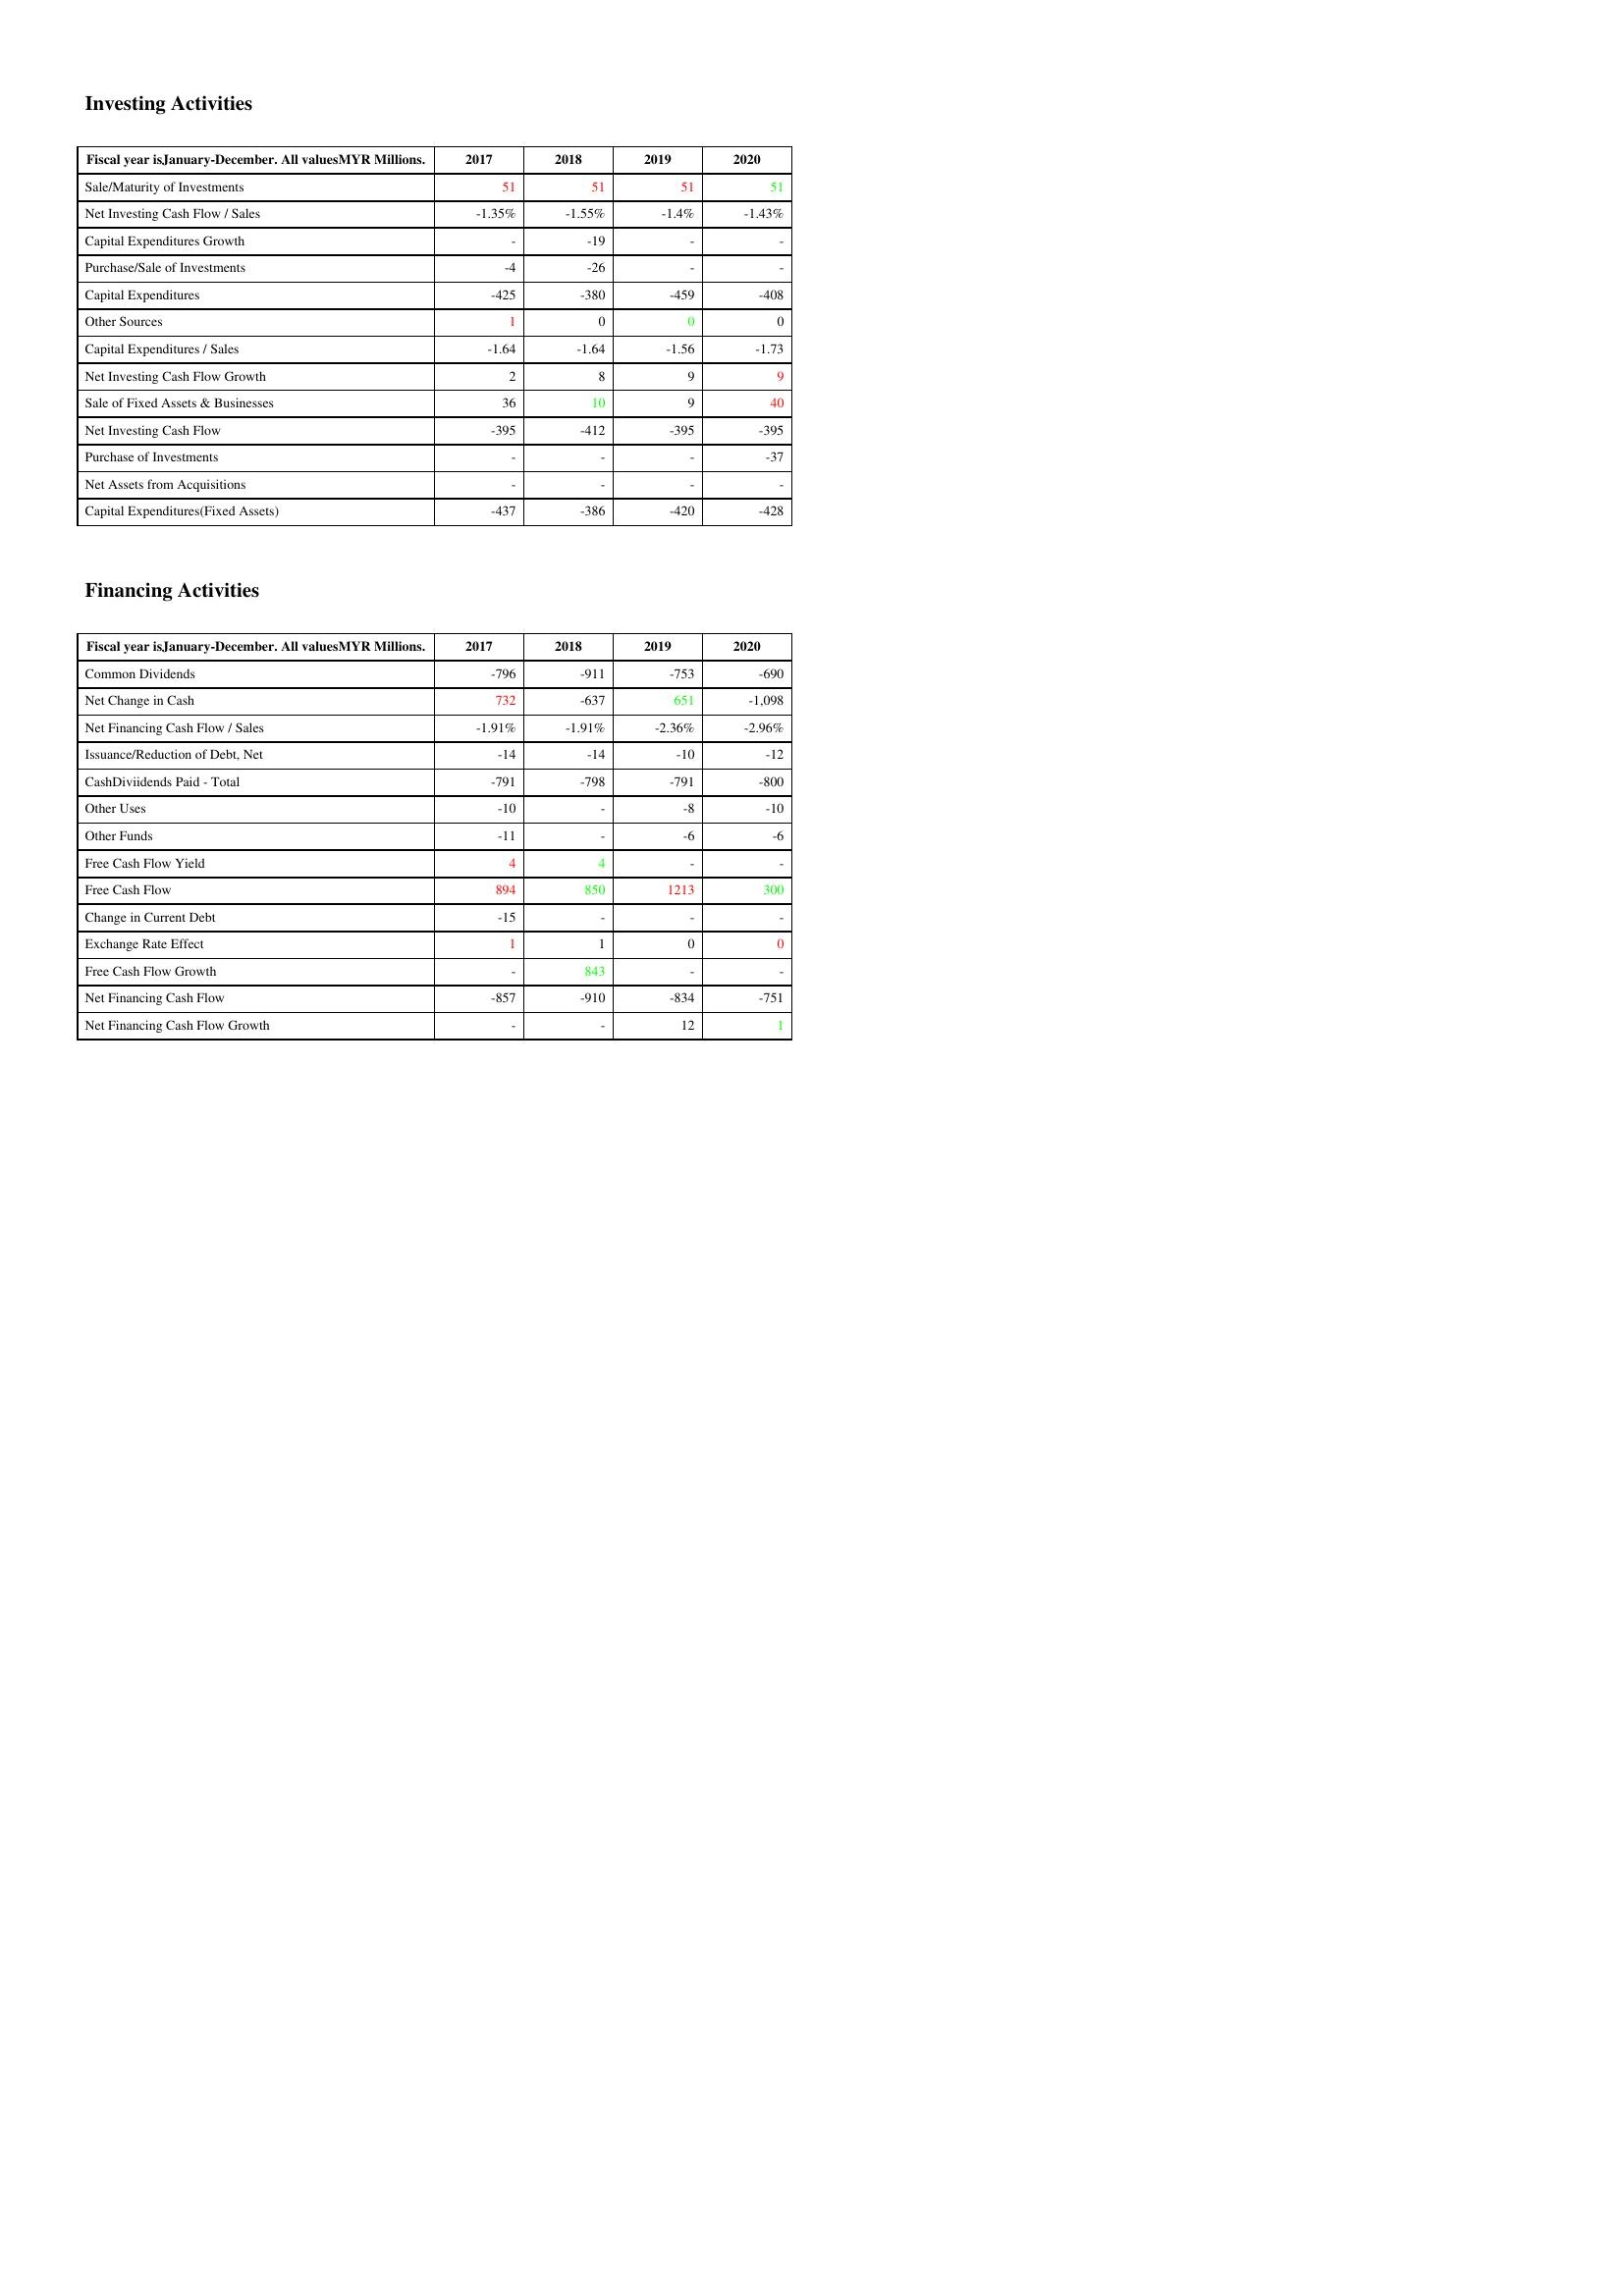
gt_parse: 2017: Investing Activities: Sale/Maturity of Investments: 51
Net Investing Cash Flow / Sales: -1.35%
Capital Expenditures Growth: -
Purchase/Sale of Investments: -4
Capital Expenditures: -425
Other Sources: 1
Capital Expenditures / Sales: -1.64
Net Investing Cash Flow Growth: 2
Sale of Fixed Assets & Businesses: 36
Net Investing Cash Flow: -395
Purchase of Investments: -
Net Assets from Acquisitions: -
Capital Expenditures(Fixed Assets): -437
Financing Activities: Common Dividends: -796
Net Change in Cash: 732
Net Financing Cash Flow / Sales: -1.91%
Issuance/Reduction of Debt, Net: -14
CashDiviidends Paid - Total: -791
Other Uses: -10
Other Funds: -11
Free Cash Flow Yield: 4
Free Cash Flow: 894
Change in Current Debt: -15
Exchange Rate Effect: 1
Free Cash Flow Growth: -
Net Financing Cash Flow: -857
Net Financing Cash Flow Growth: -
2018: Investing Activities: Sale/Maturity of Investments: 51
Net Investing Cash Flow / Sales: -1.55%
Capital Expenditures Growth: -19
Purchase/Sale of Investments: -26
Capital Expenditures: -380
Other Sources: 0
Capital Expenditures / Sales: -1.64
Net Investing Cash Flow Growth: 8
Sale of Fixed Assets & Businesses: 10
Net Investing Cash Flow: -412
Purchase of Investments: -
Net Assets from Acquisitions: -
Capital Expenditures(Fixed Assets): -386
Financing Activities: Common Dividends: -911
Net Change in Cash: -637
Net Financing Cash Flow / Sales: -1.91%
Issuance/Reduction of Debt, Net: -14
CashDiviidends Paid - Total: -798
Other Uses: -
Other Funds: -
Free Cash Flow Yield: 4
Free Cash Flow: 850
Change in Current Debt: -
Exchange Rate Effect: 1
Free Cash Flow Growth: 843
Net Financing Cash Flow: -910
Net Financing Cash Flow Growth: -
2019: Investing Activities: Sale/Maturity of Investments: 51
Net Investing Cash Flow / Sales: -1.4%
Capital Expenditures Growth: -
Purchase/Sale of Investments: -
Capital Expenditures: -459
Other Sources: 0
Capital Expenditures / Sales: -1.56
Net Investing Cash Flow Growth: 9
Sale of Fixed Assets & Businesses: 9
Net Investing Cash Flow: -395
Purchase of Investments: -
Net Assets from Acquisitions: -
Capital Expenditures(Fixed Assets): -420
Financing Activities: Common Dividends: -753
Net Change in Cash: 651
Net Financing Cash Flow / Sales: -2.36%
Issuance/Reduction of Debt, Net: -10
CashDiviidends Paid - Total: -791
Other Uses: -8
Other Funds: -6
Free Cash Flow Yield: -
Free Cash Flow: 1213
Change in Current Debt: -
Exchange Rate Effect: 0
Free Cash Flow Growth: -
Net Financing Cash Flow: -834
Net Financing Cash Flow Growth: 12
2020: Investing Activities: Sale/Maturity of Investments: 51
Net Investing Cash Flow / Sales: -1.43%
Capital Expenditures Growth: -
Purchase/Sale of Investments: -
Capital Expenditures: -408
Other Sources: 0
Capital Expenditures / Sales: -1.73
Net Investing Cash Flow Growth: 9
Sale of Fixed Assets & Businesses: 40
Net Investing Cash Flow: -395
Purchase of Investments: -37
Net Assets from Acquisitions: -
Capital Expenditures(Fixed Assets): -428
Financing Activities: Common Dividends: -690
Net Change in Cash: -1,098
Net Financing Cash Flow / Sales: -2.96%
Issuance/Reduction of Debt, Net: -12
CashDiviidends Paid - Total: -800
Other Uses: -10
Other Funds: -6
Free Cash Flow Yield: -
Free Cash Flow: 300
Change in Current Debt: -
Exchange Rate Effect: 0
Free Cash Flow Growth: -
Net Financing Cash Flow: -751
Net Financing Cash Flow Growth: 1